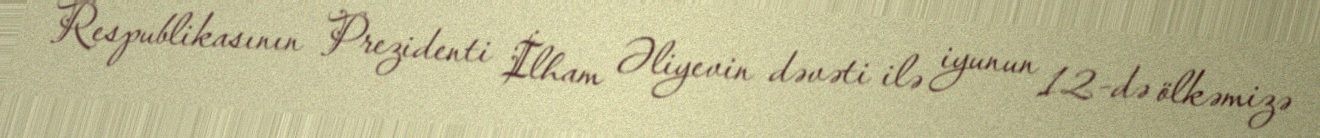
Respublikasının Prezidenti İlham Əliyevin dəvəti ilə iyunun 12-də ölkəmizə